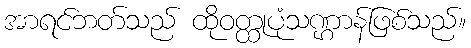
အာရင်ဘတ်သည် ထိုဝတ္ထုပုံသဏ္ဌာန်ဖြစ်သည်။